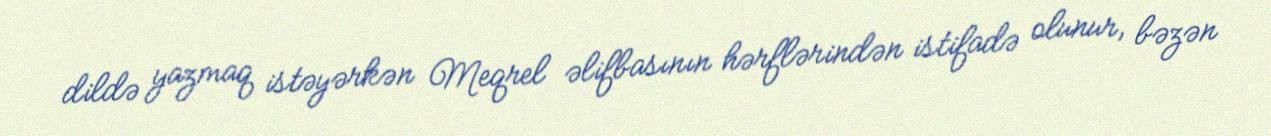
dildə yazmaq istəyərkən Meqrel əlifbasının hərflərindən istifadə olunur, bəzən